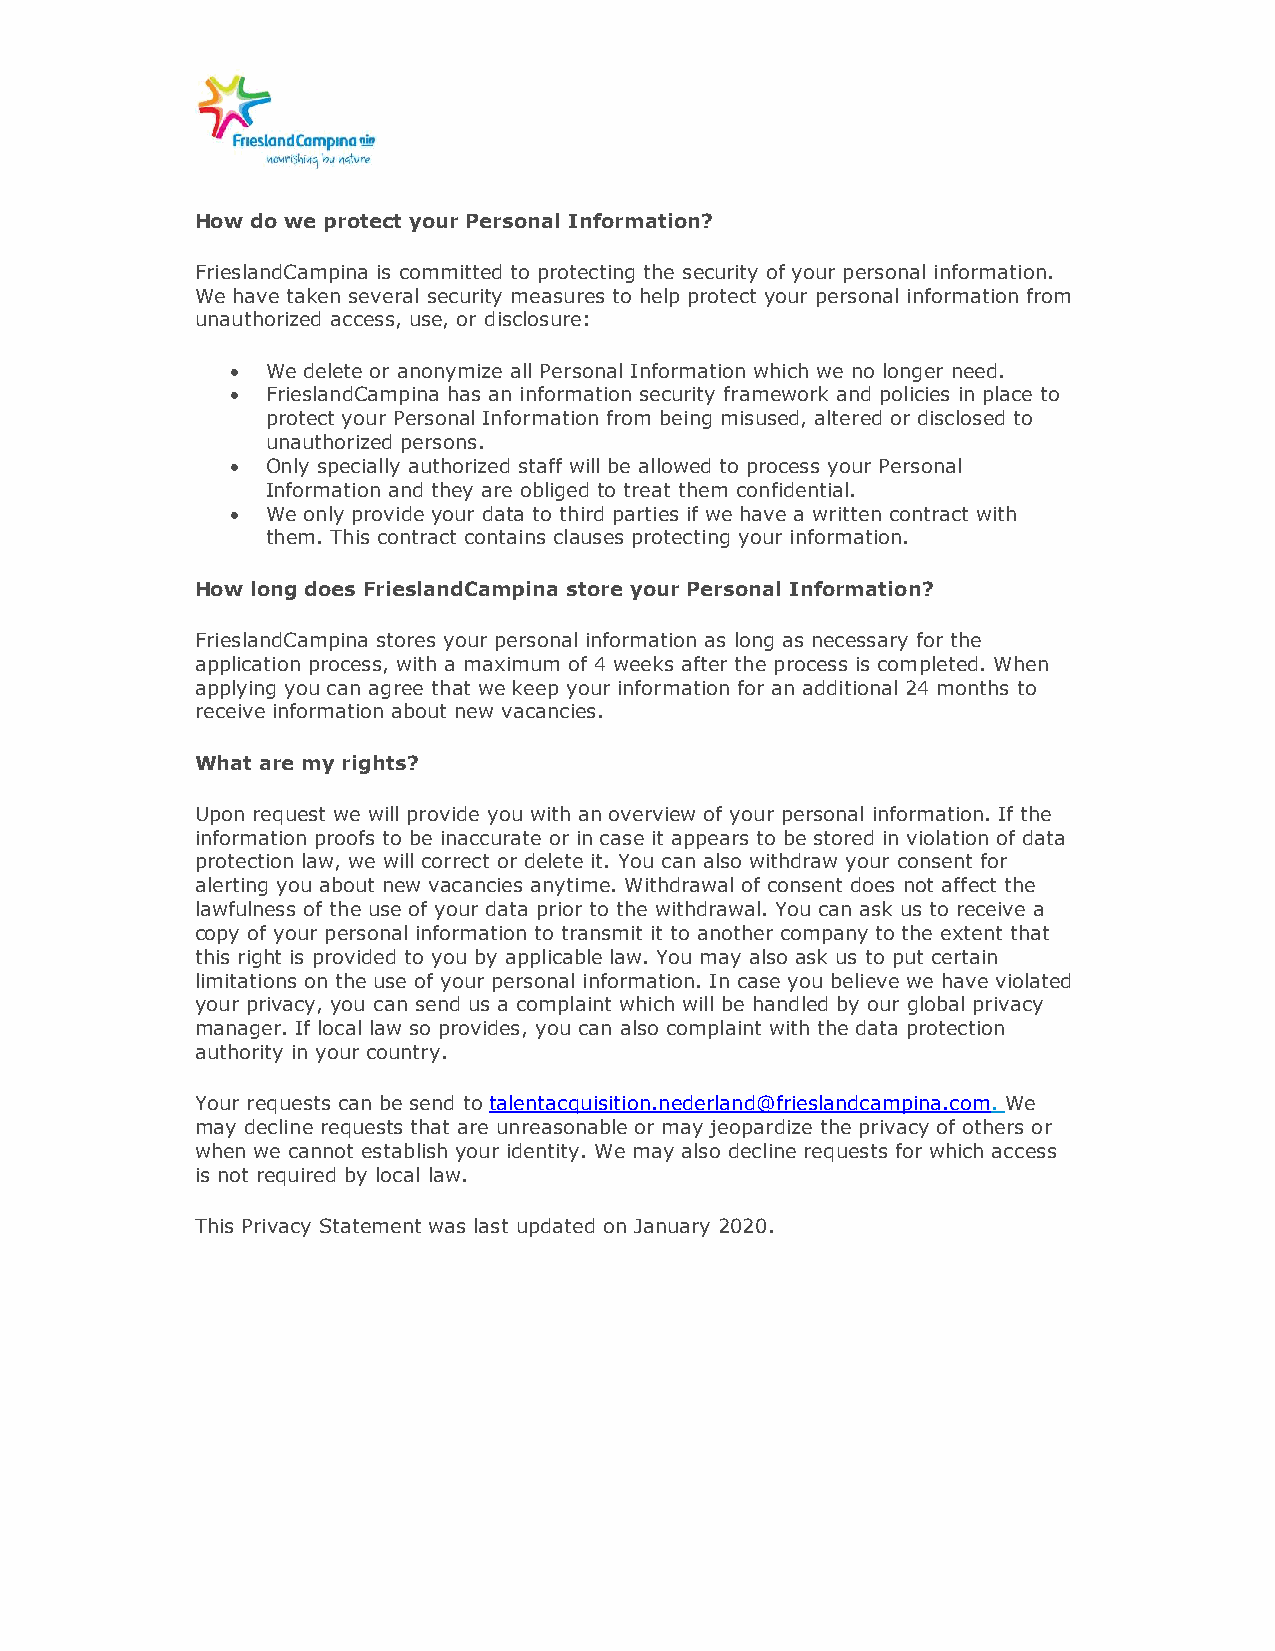
How do we protect your Personal Information?
 FrieslandCampina is committed to protecting the security of your personal information.
 We have taken several security measures to help protect your personal information from
 unauthorized access, use, or disclosure:
   We delete or anonymize all Personal Information which we no longer need.
   FrieslandCampina has an information security framework and policies in place to
 protect your Personal Information from being misused, altered or disclosed to
 unauthorized persons.
   Only specially authorized staff will be allowed to process your Personal
 Information and they are obliged to treat them confidential.
   We only provide your data to third parties if we have a written contract with
 them. This contract contains clauses protecting your information.
 How long does FrieslandCampina store your Personal Information?
 FrieslandCampina stores your personal information as long as necessary for the
 application process, with a maximum of 4 weeks after the process is completed. When
 applying you can agree that we keep your information for an additional 24 months to
 receive information about new vacancies.
 What are my rights?
 Upon request we will provide you with an overview of your personal information. If the
 information proofs to be inaccurate or in case it appears to be stored in violation of data
 protection law, we will correct or delete it. You can also withdraw your consent for
 alerting you about new vacancies anytime. Withdrawal of consent does not affect the
 lawfulness of the use of your data prior to the withdrawal. You can ask us to receive a
 copy of your personal information to transmit it to another company to the extent that
 this right is provided to you by applicable law. You may also ask us to put certain
 limitations on the use of your personal information. In case you believe we have violated
 your privacy, you can send us a complaint which will be handled by our global privacy
 manager. If local law so provides, you can also complaint with the data protection
 authority in your country.
 Your requests can be send to talentacquisition.nederland@frieslandcampina.com. We
 may decline requests that are unreasonable or may jeopardize the privacy of others or
 when we cannot establish your identity. We may also decline requests for which access
 is not required by local law.
 This Privacy Statement was last updated on January 2020.